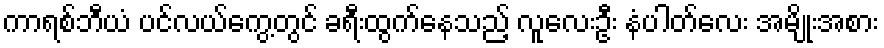
ကာရစ်ဘီယံ ပင်လယ်ကွေ့တွင် ခရီးထွက်နေသည့် လူလေးဦး နံပါတ်လေး အမျိုးအစား